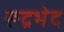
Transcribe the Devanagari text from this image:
रूद्रभेद